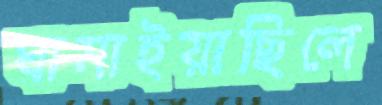
ঘামাইয়াছিলে